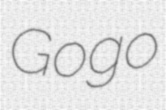
Gogo